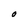
Character: O